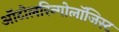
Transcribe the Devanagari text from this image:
ऑटोलरिन्गोलॉजिस्ट